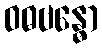
ဝဓဗန္ဓော